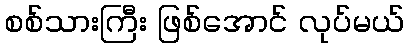
စစ်သားကြီး ဖြစ်အောင် လုပ်မယ်